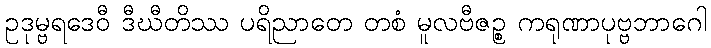
ဥဒုမ္ဗရဒေဝီ ဒီဃီတိဿ ပရိညာတေ တစံ မူလဗီဇဉ္စ ကရုဏာပုဗ္ဗဘာဂေါ